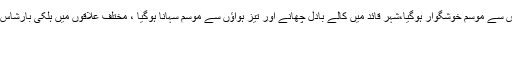
2015ء) کراچی کے مختلف علاقوں میں ہلکی بارش سے موسم خوشگوار ہوگیا،شہر قائد میں کالے بادل چھانے اور تیز ہواؤں سے موسم سہانا ہوگیا ، مختلف علاقوں میں ہلکی بارشاس خبر کی تفصیل پڑھنے کیلئے یہاں پر کلک کیجئے
13/03/2015 - 12:37:05 :وقت اشاعت
:متعلقہ عنوان کراچیموسم